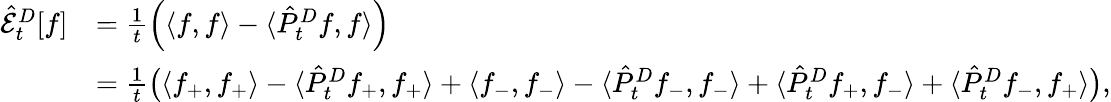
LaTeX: \begin{array}{rl}{\hat{\mathcal{E}}_{t}^{D}[f]}&{=\frac{1}{t}\left(\langle f,f\rangle-\langle\hat{P}_{t}^{D}f,f\rangle\right)}\\ &{=\frac{1}{t}\big(\langle f_{+},f_{+}\rangle-\langle\hat{P}_{t}^{D}f_{+},f_{+}\rangle+\langle f_{-},f_{-}\rangle-\langle\hat{P}_{t}^{D}f_{-},f_{-}\rangle+\langle\hat{P}_{t}^{D}f_{+},f_{-}\rangle+\langle\hat{P}_{t}^{D}f_{-},f_{+}\rangle\big),}\end{array}